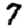
Digit: 7